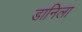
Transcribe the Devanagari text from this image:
डानिला